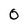
Character: 0